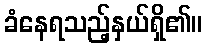
ခံနေရသည့်နှယ်ရှိ၏။